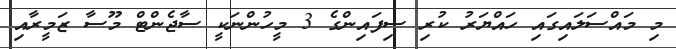
މި މައްސަލައިގައި ހައްޔަރު ކުރި ސިފައިންގެ 3 މީހުންނަކީ ސާޖެންޓް މޫސާ ޒަމީރާއި